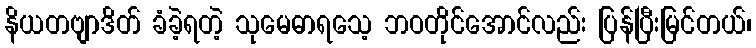
နိယတဗျာဒိတ် ခံခဲ့ရတဲ့ သုမေဓာရသေ့ ဘဝတိုင်အောင်လည်း ပြန်ပြီးမြင်တယ်၊